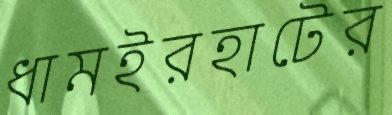
ধামইরহাটের